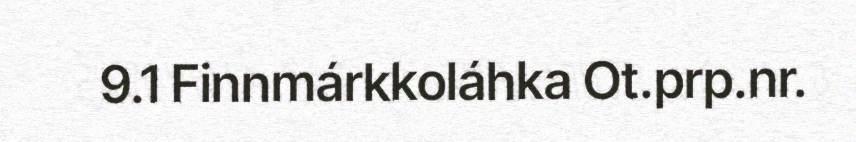
9.1 Finnmárkkoláhka Ot.prp.nr.